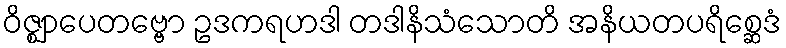
ဝိဇ္ဈာပေတဗ္ဗော ဥဒကရဟဒါ တဒါနိသံသောတိ အနိယတပရိစ္ဆေဒံ